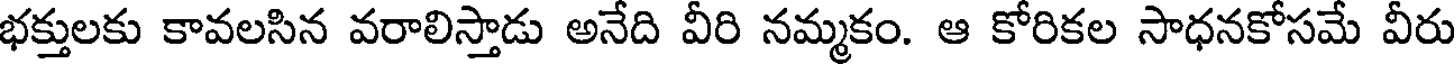
భక్తులకు కావలసిన వరాలిస్తాడు అనేది వీరి నమ్మకం. ఆ కోరికల సాధనకోసమే వీరు